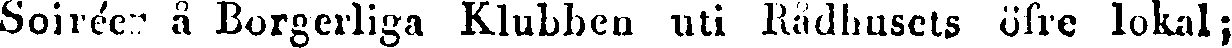
Soiréer å Borgerliga Klubben uti Rådhusets öfre lokal;